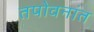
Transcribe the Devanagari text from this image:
तपोवनांत